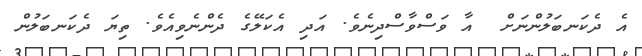
އެ ދެކަނބަލުންނަށް  އާ ވަސްވާސްދިނެވެ. އަދި އެކަލޭގެ ދެންނެވިއެވެ. ތިޔަ ދެކަނބަލުން